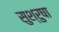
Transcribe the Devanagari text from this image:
सुश्रुषा